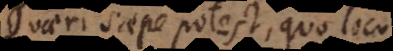
Quaeri saepe potest, quo loco